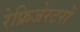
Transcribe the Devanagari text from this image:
रेफ्रिजेरटरों